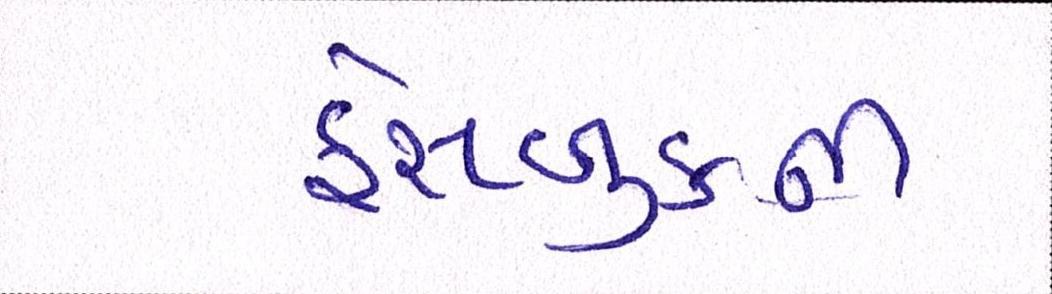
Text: ફેસબુકની